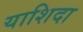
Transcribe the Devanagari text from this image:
याशिदा